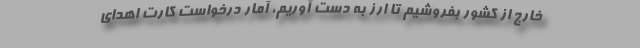
خارج از کشور بفروشیم تا ارز به دست آوریم، آمار درخواست کارت اهدای